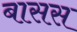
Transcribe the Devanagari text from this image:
बासस